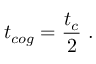
t _ { c o g } = \frac { t _ { c } } { 2 } ~ .